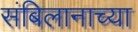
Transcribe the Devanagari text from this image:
संबिलानाच्या